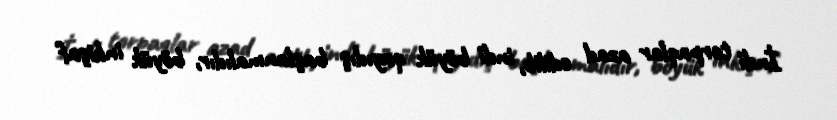
İndi torpaqlar azad edilib, indi böyük qayıdış başlanmalıdır, böyük inkişaf